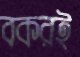
বকরই